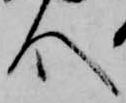
人